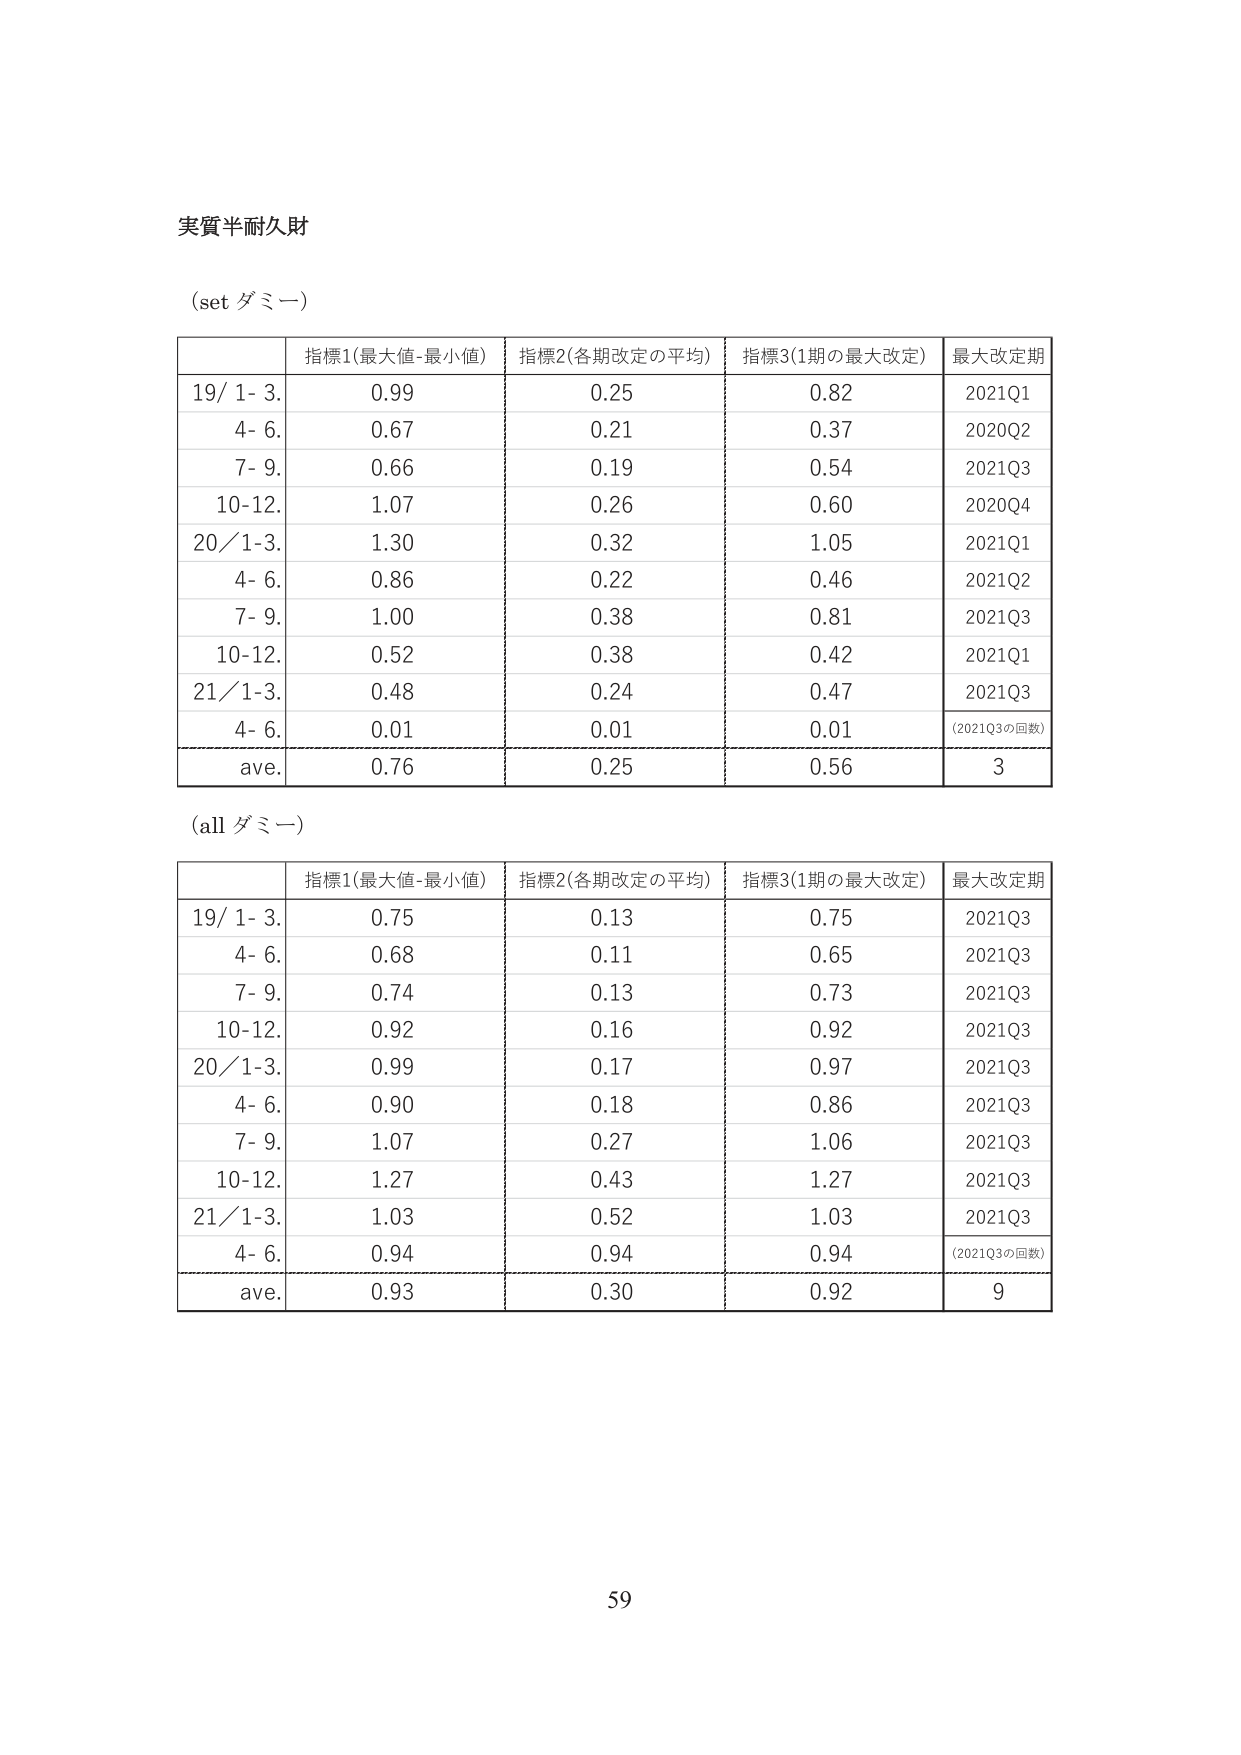
実質半耐久財

(set ダミー)

| | 指標1(最大値-最小値) | 指標2(各期改定の平均) | 指標3(1期の最大改定) | 最大改定期 |
|---|---|---|---|---|
| 19/ 1- 3. | 0.99 | 0.25 | 0.82 | 2021Q1 |
| 4- 6. | 0.67 | 0.21 | 0.37 | 2020Q2 |
| 7- 9. | 0.66 | 0.19 | 0.54 | 2021Q3 |
| 10-12. | 1.07 | 0.26 | 0.60 | 2020Q4 |
| 20/ 1-3. | 1.30 | 0.32 | 1.05 | 2021Q1 |
| 4- 6. | 0.86 | 0.22 | 0.46 | 2021Q2 |
| 7- 9. | 1.00 | 0.38 | 0.81 | 2021Q3 |
| 10-12. | 0.52 | 0.38 | 0.42 | 2021Q1 |
| 21/ 1-3. | 0.48 | 0.24 | 0.47 | 2021Q3 |
| 4- 6. | 0.01 | 0.01 | 0.01 | (2021Q3の回数) |
| ave. | 0.76 | 0.25 | 0.56 | 3 |

(all ダミー)

| | 指標1(最大値-最小値) | 指標2(各期改定の平均) | 指標3(1期の最大改定) | 最大改定期 |
|---|---|---|---|---|
| 19/ 1- 3. | 0.75 | 0.13 | 0.75 | 2021Q3 |
| 4- 6. | 0.68 | 0.11 | 0.65 | 2021Q3 |
| 7- 9. | 0.74 | 0.13 | 0.73 | 2021Q3 |
| 10-12. | 0.92 | 0.16 | 0.92 | 2021Q3 |
| 20/ 1-3. | 0.99 | 0.17 | 0.97 | 2021Q3 |
| 4- 6. | 0.90 | 0.18 | 0.86 | 2021Q3 |
| 7- 9. | 1.07 | 0.27 | 1.06 | 2021Q3 |
| 10-12. | 1.27 | 0.43 | 1.27 | 2021Q3 |
| 21/ 1-3. | 1.03 | 0.52 | 1.03 | 2021Q3 |
| 4- 6. | 0.94 | 0.94 | 0.94 | (2021Q3の回数) |
| ave. | 0.93 | 0.30 | 0.92 | 9 |

59